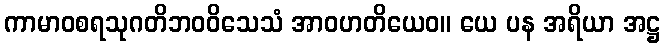
ကာမာဝစရသုဂတိဘဝဝိသေသံ အာဝဟတိယေဝ။ ယေ ပန အရိယာ အဋ္ဌ